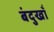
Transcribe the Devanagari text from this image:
बंदुखाँ